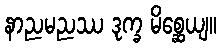
နာညမညဿ ဒုက္ခ မိစ္ဆေယျ။